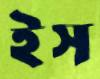
ইস